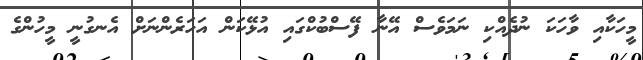
މީހަކާއި ވާހަކަ ނުދެއްކި ނަމަވެސް އޭނާ ފޭސްބުކްގައި އުޅޭކަން އަހަރެންނަށް އެނގުނީ މީހުންގެ